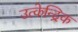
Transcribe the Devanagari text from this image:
उत्केन्द्रिक